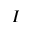
I _ { \l }